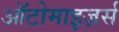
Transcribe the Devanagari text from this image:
ऑटोमाइज़र्स